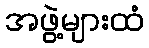
အဖွဲ့များထံ